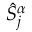
\hat { S } _ { j } ^ { \alpha }